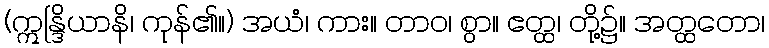
(ဣန္ဒြိယာနိ၊ ကုန်၏။) အယံ၊ ကား။ တာဝ၊ စွာ။ ဧတ္ထ၊ တို့၌။ အတ္ထတော၊